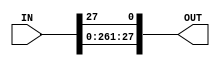
`timescale 1ns / 1ps

module Shift_1(
    output [1:28] OUT,
    input [1:28] IN
    );
    
    assign OUT = {IN[2:28] , IN[1]};
    
endmodule